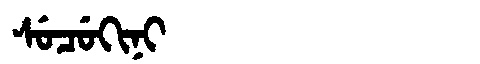
Manchu: ᠰᡠᠴᡠᡴᡳᠨᡳ
Romanization: SUCUKINI